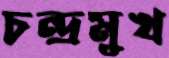
চন্দ্রমুখ